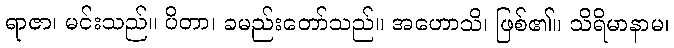
ရာဇာ၊ မင်းသည်။ ပိတာ၊ ခမည်းတော်သည်။ အဟောသိ၊ ဖြစ်၏။ သိရိမာနာမ၊